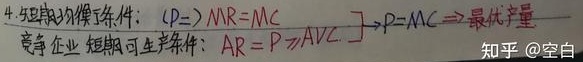
4. 短期均衡条件： \(P = MR = MC\)，\(AVC \to P = MC\Rightarrow\)最优产量。竞争企业短期可生产条件：\(AR = P\geqslant AVC\)。